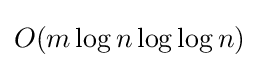
O(m\log n\log \log n)